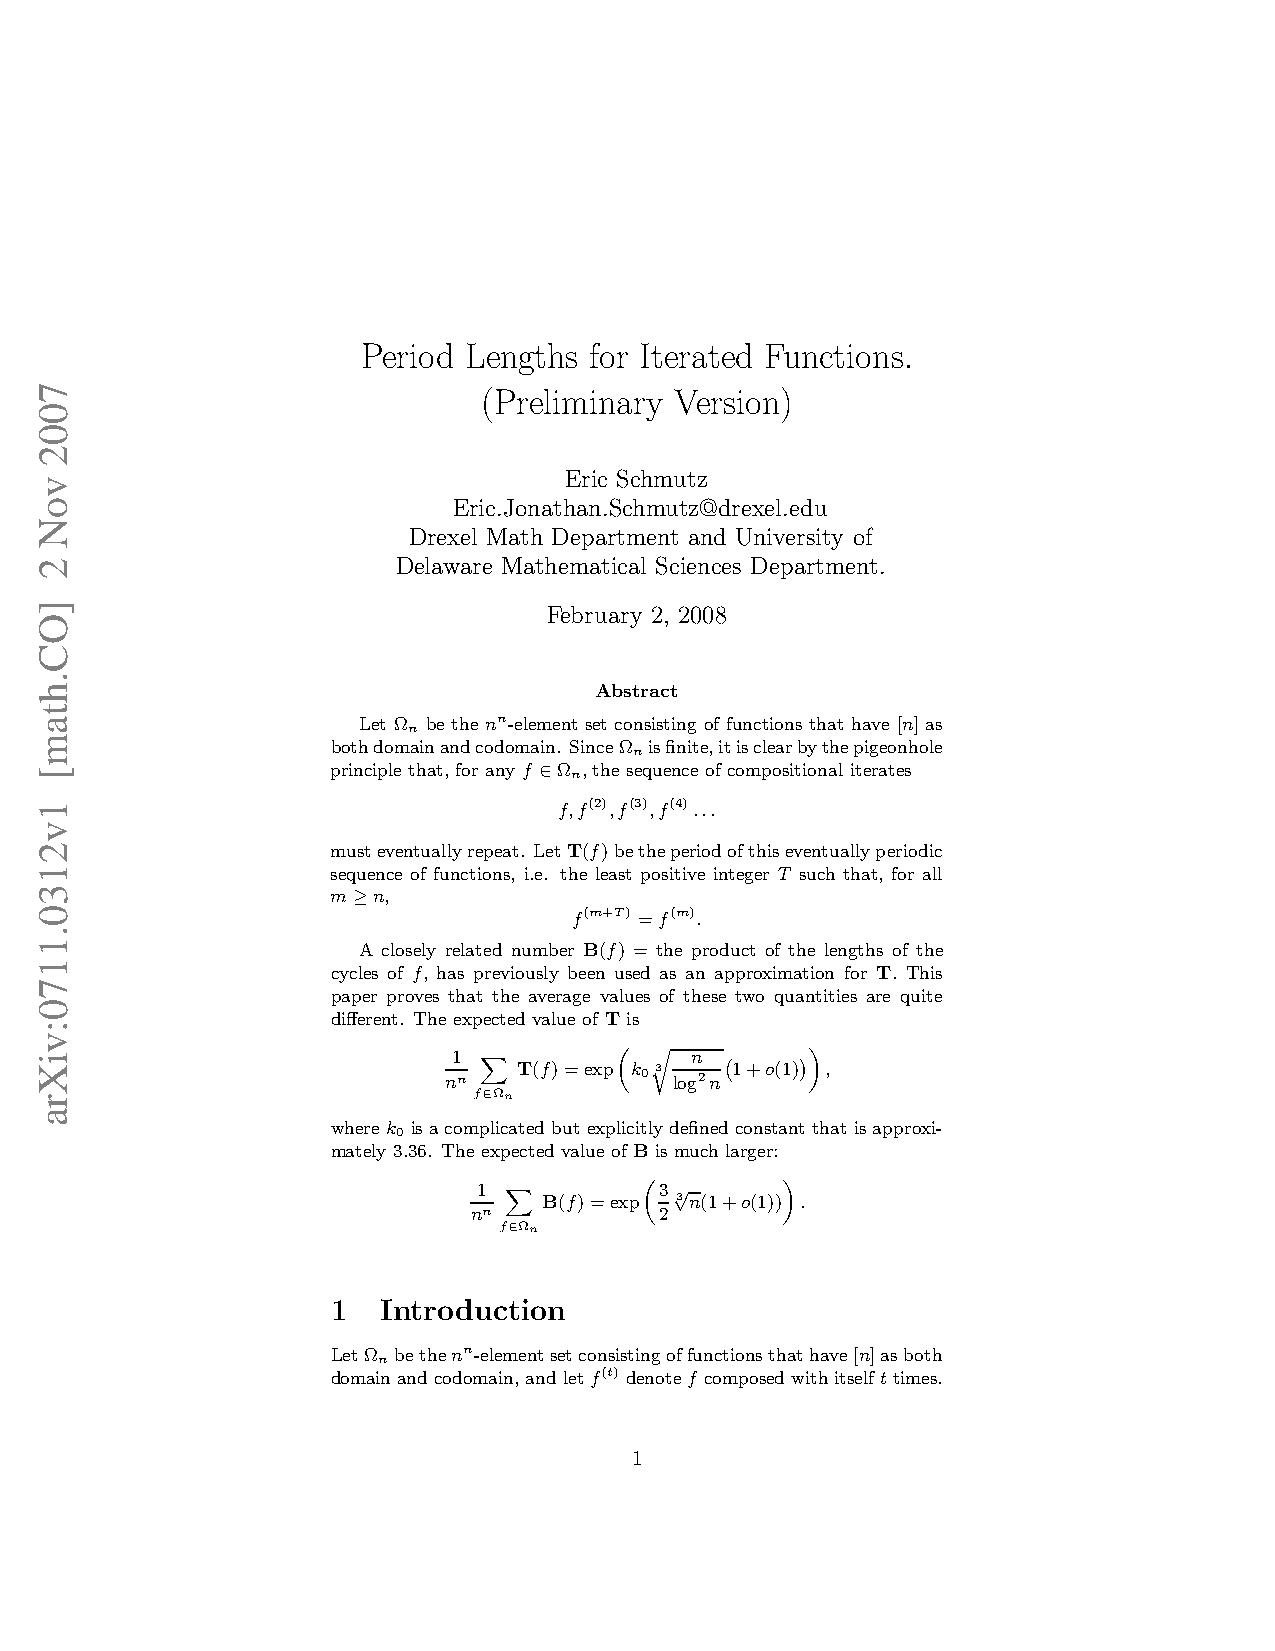
Period Lengths for Iterated Functions.
 (Preliminary Version)
 Eric Schmutz
 Eric.Jonathan.Schmutz@drexel.edu
 Drexel Math Department and University of
 Delaware Mathematical Sciences Department.
 February 2, 2008
 Abstract
 Let Ω be the nn-element set consisting of functions that have [n] as
 n
 bothdomainandcodomain. SinceΩ isfinite,itisclearbythepigeonhole
 n
 principle that, for any f Ω , thesequenceof compositional iterates
 n
 ∈
 f,f(2),f(3),f(4)...
 musteventuallyrepeat. LetT(f)betheperiodofthiseventuallyperiodic
 sequence of functions, i.e. the least positive integer T such that, for all
 m  n,
 ≥              f(m+T) =f(m).
 A closely related number B(f) = the product of the lengths of the
 cycles of f, has previously been used as an approximation for T. This
 paper proves that the average values of these two quantities are quite
 different. The expected value of T is
 1               n
 nn   T(f)=exp k 0 3 log2n 1+o(1) ,
 fX∈Ωn     „ r
 `
 ´«
 wherek isacomplicated butexplicitly definedconstant that isapproxi-
 0
 mately 3.36. The expected value of B is muchlarger:
 1           3
 B(f)=exp √3n(1+o(1)) .
 nn           2
 fX∈Ωn     „        «
 1  Introduction
 LetΩ bethenn-elementsetconsistingoffunctionsthathave[n]asboth
 n
 domainandcodomain,andletf(t) denotef composedwithitselfttimes.
 1
 7002
 voN
 2
 ]OC.htam[
 1v2130.1170:viXra